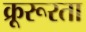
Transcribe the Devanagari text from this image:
क्रूरूरता